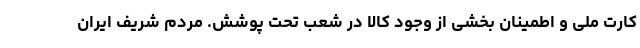
کارت ملی و اطمینان بخشی از وجود کالا در شعب تحت پوشش. مردم شریف ایران